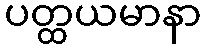
ပတ္ထယမာနာ